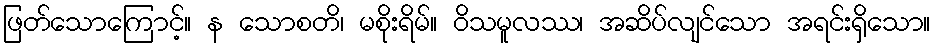
ဖြတ်သောကြောင့်။ န သောစတိ၊ မစိုးရိမ်။ ဝိသမူလဿ၊ အဆိပ်လျင်သော အရင်းရှိသော။